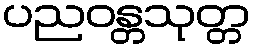
ပညဝန္တသုတ္တ